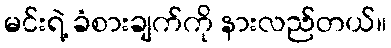
မင်းရဲ့ ခံစားချက်ကို နားလည်တယ်။